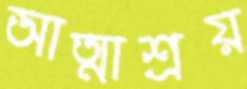
আত্মাশ্রয়